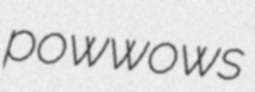
powwows